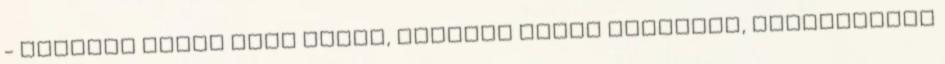
- oldalra nyíló flip cover, asztali tartó funkciós, intelligens